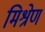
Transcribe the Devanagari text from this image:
मिश्रेण